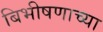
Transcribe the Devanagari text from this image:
बिभीषणाच्या